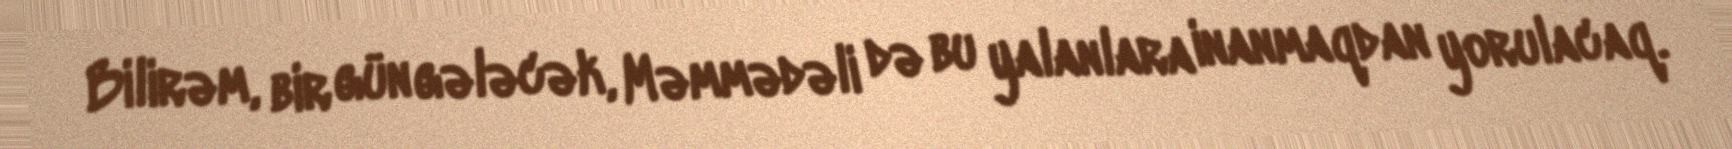
Bilirəm, bir gün gələcək, Məmmədəli də bu yalanlara inanmaqdan yorulacaq.